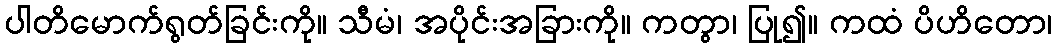
ပါတိမောက်ရွတ်ခြင်းကို။ သီမံ၊ အပိုင်းအခြားကို။ ကတွာ၊ ပြု၍။ ကထံ ပိဟိတော၊